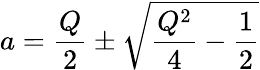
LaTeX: a=\frac{Q}{2}\pm\sqrt{\frac{Q^{2}}{4}-\frac{1}{2}}